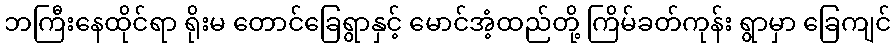
ဘကြီးနေထိုင်ရာ ရိုးမ တောင်ခြေရွာနှင့် မောင်အံ့ထည်တို့ ကြိမ်ခတ်ကုန်း ရွာမှာ ခြေကျင်